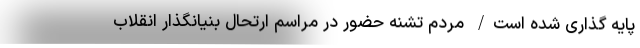
پایه گذاری شده است/ مردم تشنه حضور در مراسم ارتحال بنیانگذار انقلاب